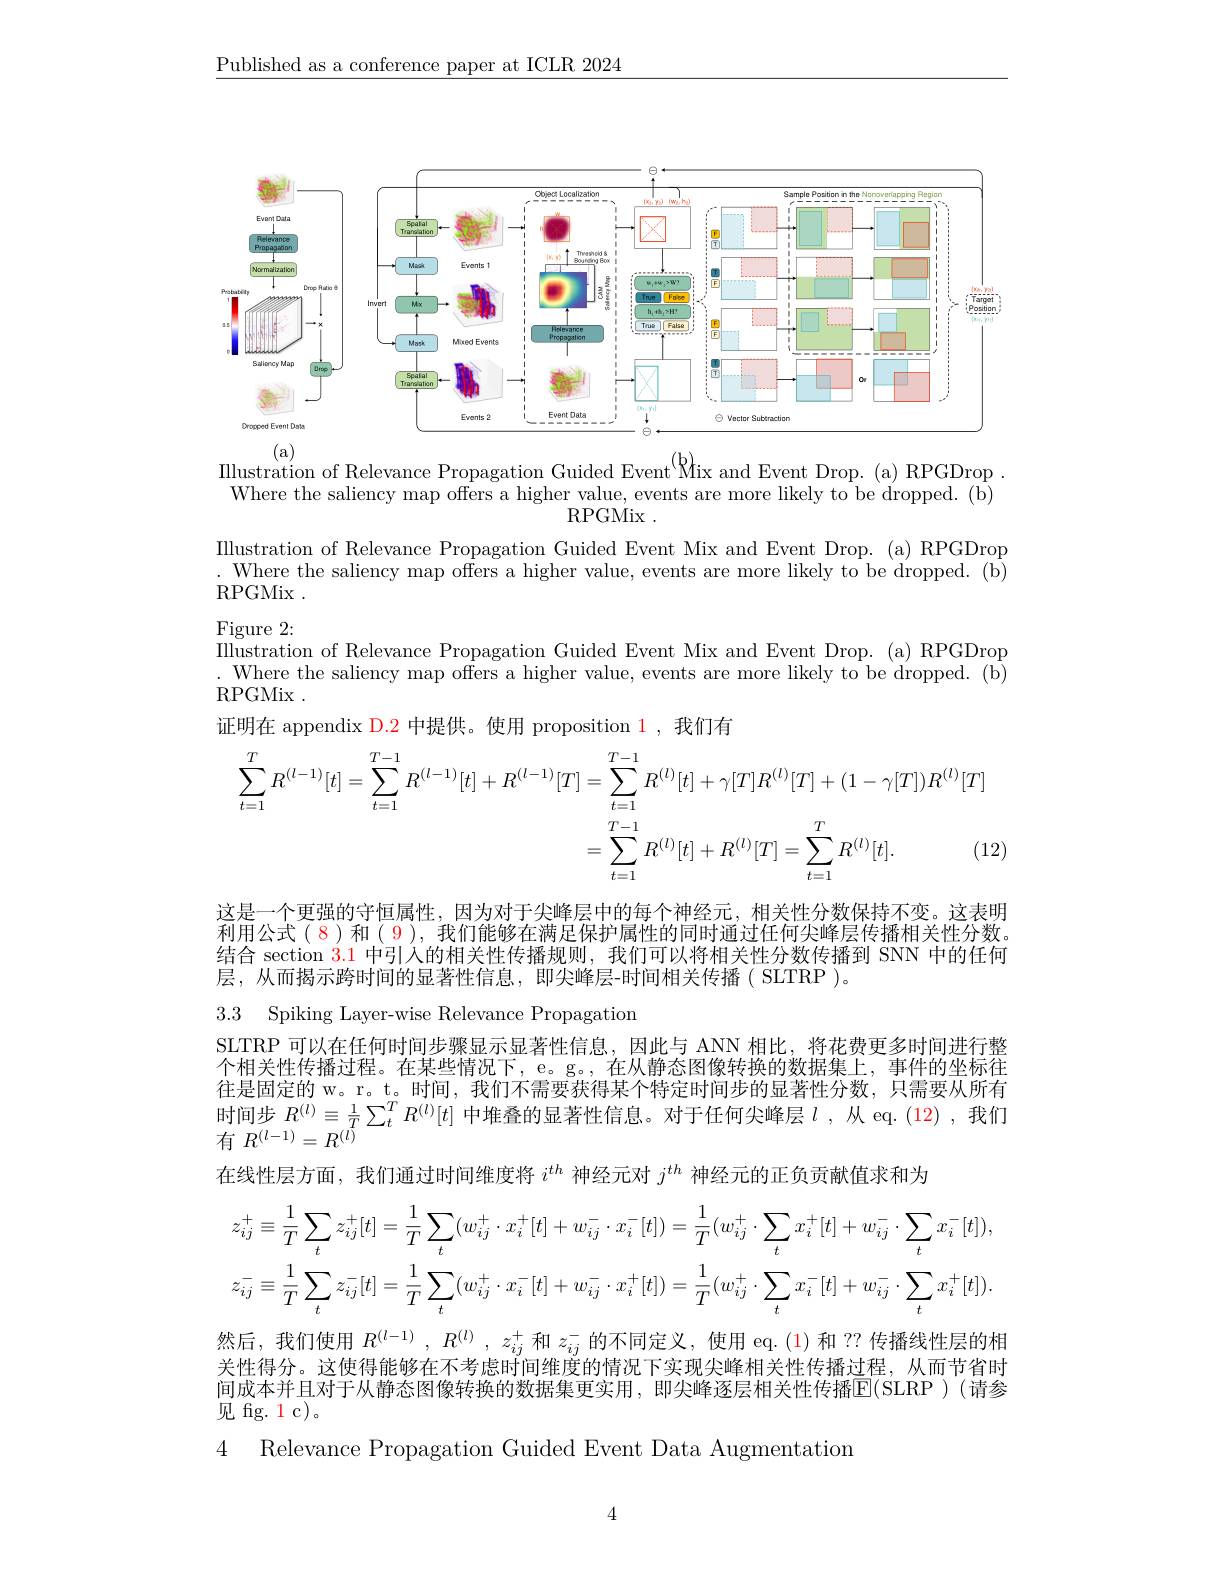
$\underline{\text{Published as a conference paper at ICLR 2024}}$

<FigureHere>
$\overset{\mathrm{(a)}}{\operatorname*{\text{IIlustration of Relevance Propagation Guided Event}}}^{\mathrm{(a)}}$Rix and Event Drop.(a) RPGDrop

Where the saliency map offers a higher value, events are more likely to be dropped. (b)
RPGMix .

Illustration of Relevance Propagation Guided Event Mix and Event Drop. (a) RPGDrop . Where the saliency map offers a higher value, events are more likely to be dropped. (b) $\operatorname{RPGMix}.$

Figure 2:
Illustration of Relevance Propagation Guided Event Mix and Event Drop. (a) RPGDrop . Where the saliency map offers a higher value, events are more likely to be dropped. (b) RPGMix .
证明在 appendix D.2 中提供。使用 proposition 1,我们有
$$\begin{aligned}\sum_{t=1}^{T}R^{(l-1)}[t]&=\sum_{t=1}^{T-1}R^{(l-1)}[t]+R^{(l-1)}[T]=\sum_{t=1}^{T-1}R^{(l)}[t]+\gamma[T]R^{(l)}[T]+(1-\gamma[T])R^{(l)}[T]\\&=\sum_{t=1}^{T-1}R^{(l)}[t]+R^{(l)}[T]=\sum_{t=1}^{T}R^{(l)}[t].&(12)\end{aligned}$$
这是一个更强的守恒属性，因为对于尖峰层中的每个神经元，相关性分数保持不变。这表明利用公式(8)和(9),我们能够在满足保护属性的同时通过任何尖峰层传播相关性分数。结合 section $\color{red}{3.1}$中引入的相关性传播规则，我们可以将相关性分数传播到 SNN 中的任何层，从而揭示跨时间的显著性信息，即尖峰层-时间相关传播( SLTRP )。

3.3 Spiking Layer-wise Relevance Propagatior

SLTRP 可以在任何时间步骤显示显著性信息，因此与 ANN 相比，将花费更多时间进行整个相关性传播过程。在某些情况下，e。g。, 在从静态图像转换的数据集上，事件的坐标往往是固定的 w。r。t。时间，我们不需要获得某个特定时间步的显著性分数，只需要从所有时间步$R^{(l)}\equiv\frac1T\sum_t^TR^{(l)}[t]$中堆叠的显著性信息。对于任何尖峰层$\iota$ ,从 eq.(12) ,我们有$R^{(l-1)}=R^{(l)}$
在线性层方面，我们通过时间维度将$i^{th}$神经元对$j^{th}$神经元的正负贡献值求和为
$$z_{ij}^{+}\equiv\frac{1}{T}\sum_{t}z_{ij}^{+}[t]=\frac{1}{T}\sum_{t}(w_{ij}^{+}\cdot x_{i}^{+}[t]+w_{ij}^{-}\cdot x_{i}^{-}[t])=\frac{1}{T}(w_{ij}^{+}\cdot\sum_{t}x_{i}^{+}[t]+w_{ij}^{-}\cdot\sum_{t}x_{i}^{-}[t]),\\z_{ij}^{-}\equiv\frac{1}{T}\sum_{t}z_{ij}^{-}[t]=\frac{1}{T}\sum_{t}(w_{ij}^{+}\cdot x_{i}^{-}[t]+w_{ij}^{-}\cdot x_{i}^{+}[t])=\frac{1}{T}(w_{ij}^{+}\cdot\sum_{t}x_{i}^{-}[t]+w_{ij}^{-}\cdot\sum_{t}x_{i}^{+}[t]).$$
然后，我们使用$R^{(l-1)},R^{(l)},z_{ij}^+$和$z_{ij}^-$的不同定义，使用 eq. (1)和 ?? 传播线性层的相关性得分。这使得能够在不考虑时间维度的情况下实现尖峰相关性传播过程，从而节省时

间成本并且对于从静态图像转换的数据集更实用，即尖峰逐层相关性传播E(SLRP)(请参
见 fig. 1 c)。

4 Relevance Propagation Guided Event Data Augmentatior

4